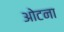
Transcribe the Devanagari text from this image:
ओटना